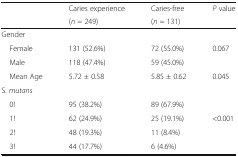
<table><thead><tr><td></td><td><b>Caries experience</b></td><td><b>Caries-free</b></td><td><b><i>P</i> value</b></td></tr><tr><td></td><td><b>(<i>n</i> = 249)</b></td><td><b>(<i>n</i> = 131)</b></td><td></td></tr></thead><tbody><tr><td colspan="4">Gender</td></tr><tr><td> Female</td><td>131 (52.6%)</td><td>72 (55.0%)</td><td>0.067</td></tr><tr><td> Male</td><td>118 (47.4%)</td><td>59 (45.0%)</td><td></td></tr><tr><td> Mean Age</td><td>5.72 ± 0.58</td><td>5.85 ± 0.62</td><td>0.045</td></tr><tr><td colspan="4">S. <i>mutans</i></td></tr><tr><td> 0!</td><td>95 (38.2%)</td><td>89 (67.9%)</td><td></td></tr><tr><td> 1!</td><td>62 (24.9%)</td><td>25 (19.1%)</td><td>&lt;0.001</td></tr><tr><td> 2!</td><td>48 (19.3%)</td><td>11 (8.4%)</td><td></td></tr><tr><td> 3!</td><td>44 (17.7%)</td><td>6 (4.6%)</td><td></td></tr></tbody></table>